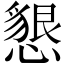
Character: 懇